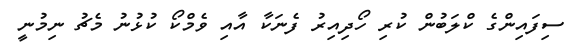
ސިފައިންގެ ކްލަބުން ކުރި ހޯދިއިރު ފެނަކާ އާއި ވެމްކޯ ކުޅުނު މެޗު ނިމުނީ